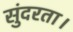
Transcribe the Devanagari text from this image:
सुंदरता।